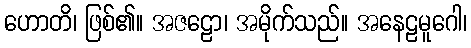
ဟောတိ၊ ဖြစ်၏။ အဇဠော၊ အမိုက်သည်။ အနေဠမူဂေါ၊